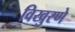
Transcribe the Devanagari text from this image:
विखुरणे